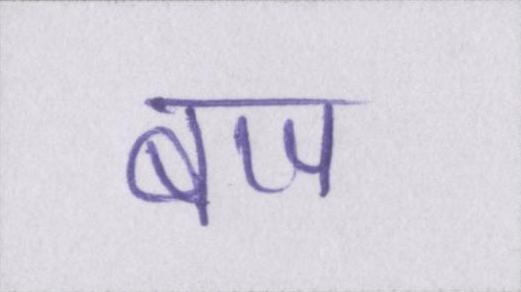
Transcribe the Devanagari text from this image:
बाप